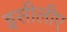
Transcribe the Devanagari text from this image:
इसीलीए